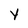
Character: Y